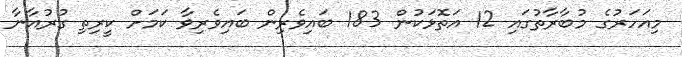
މިއަހަރުގެ މުބާރާތުގައި 12 އަތޮޅަކުން 183 ބައިވެރިން ބައިވެރިވާ ކަމަށް ކީރިތި ގުރުއާނާ